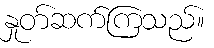
နှုတ်ဆက်ကြသည်။